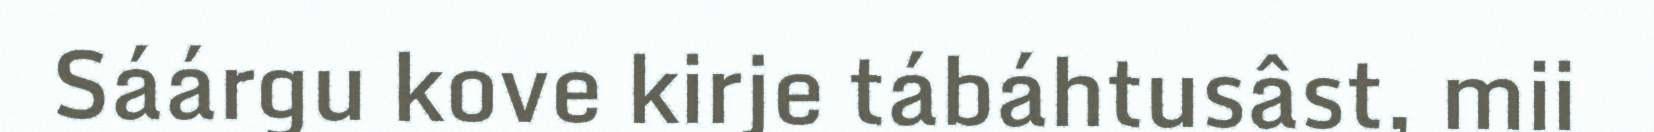
Sáárgu kove kirje tábáhtusâst, mii